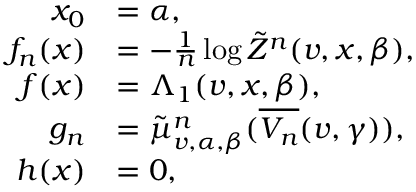
\begin{array} { r l } { x _ { 0 } } & { = \alpha , } \\ { f _ { n } ( x ) } & { = - \frac { 1 } { n } \log \tilde { Z } ^ { n } ( v , x , \beta ) , } \\ { f ( x ) } & { = \Lambda _ { 1 } ( v , x , \beta ) , } \\ { g _ { n } } & { = \tilde { \mu } _ { v , \alpha , \beta } ^ { n } ( \overline { { V _ { n } } } ( v , \gamma ) ) , } \\ { h ( x ) } & { = 0 , } \end{array}